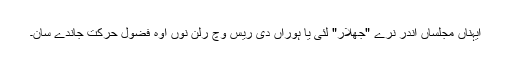
ایہناں مجلساں اندر نرے "جھلار" لئی یا ہوراں دی رِیس وچ رلن نوں اوہ فضول حرکت جاندے سان۔